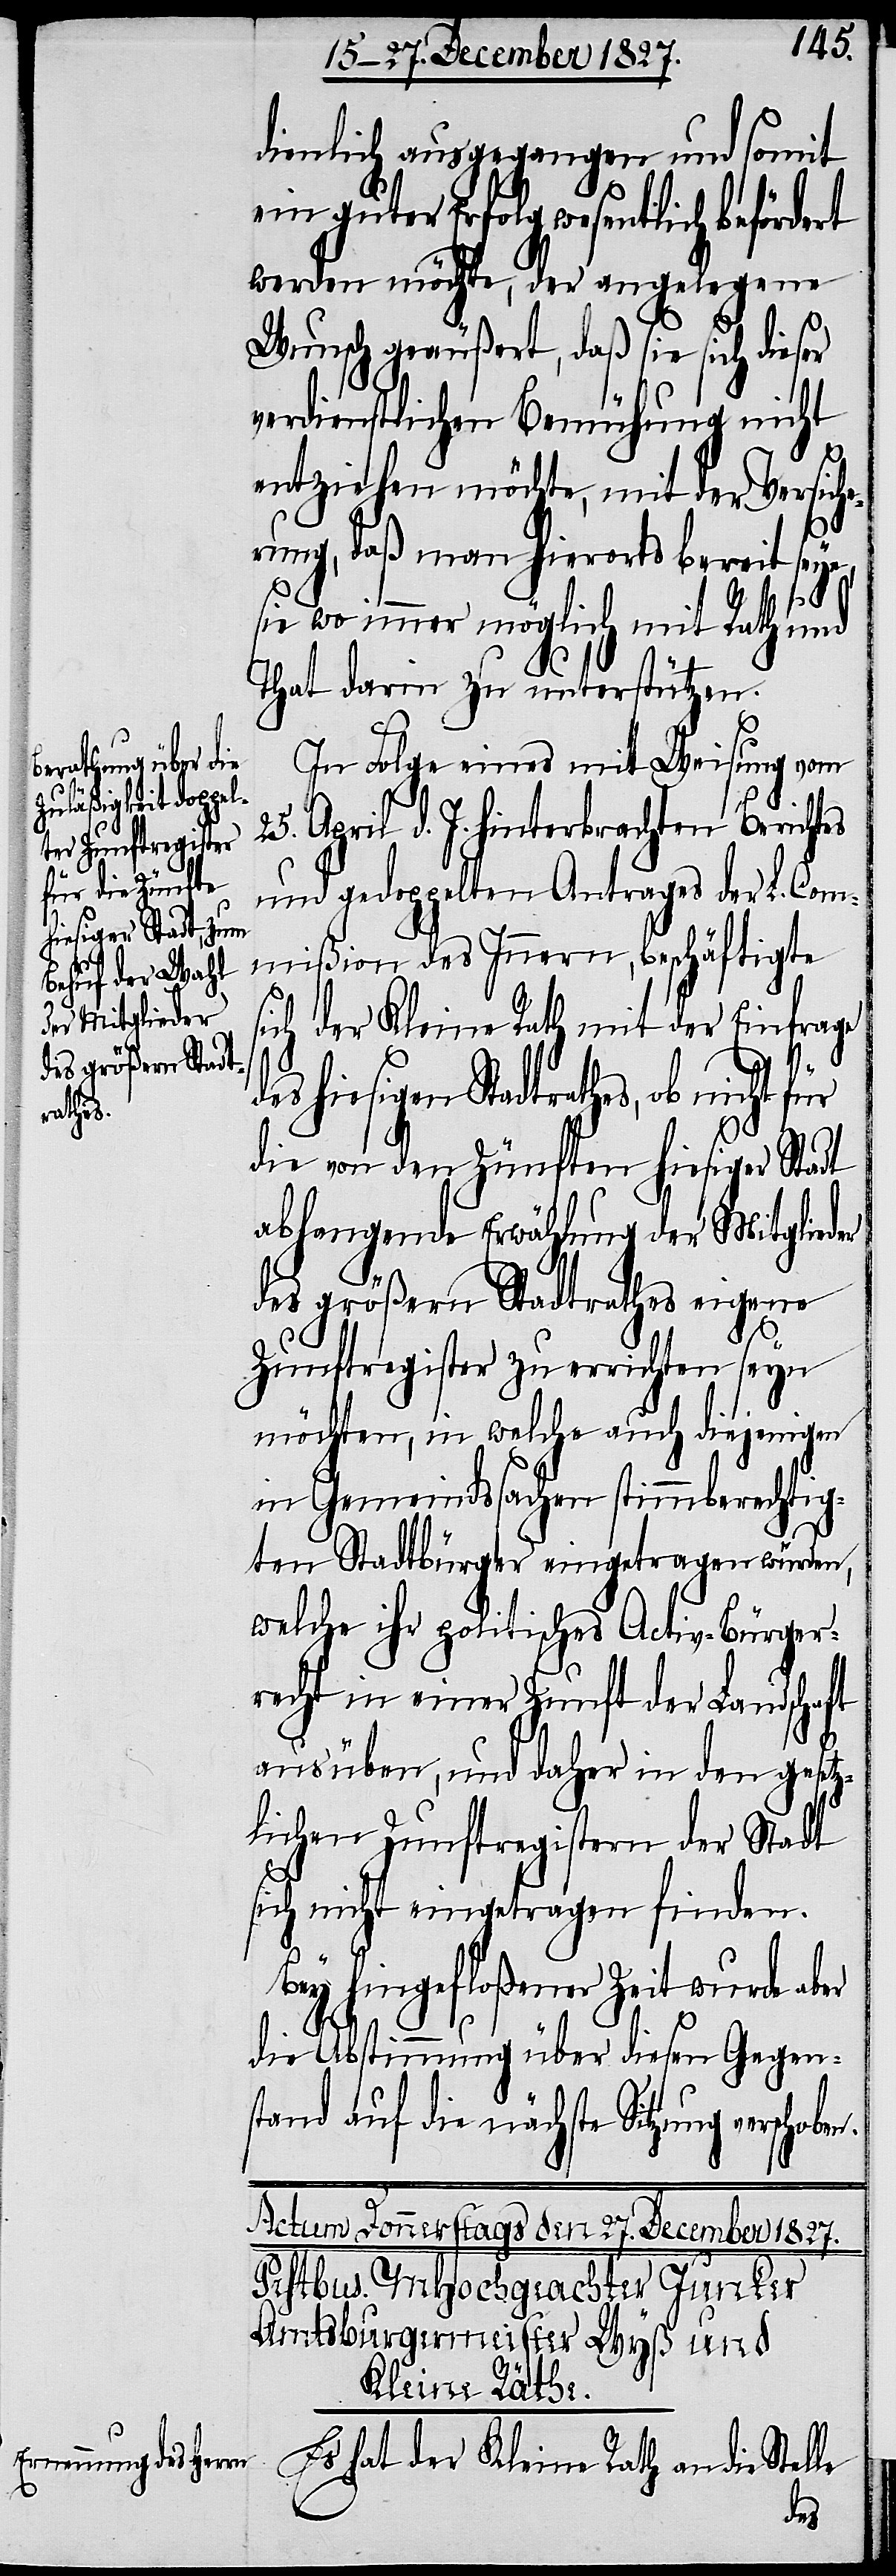
hiesigen Stadt¬
rathes,

dienlich ausgegangen und somit
ein guter Erfolg wesentlich befördert
werden möchte, der angelegene
Wunsch geäußert, daß sie sich dieser
verdienstlichen Bemühung nicht
entziehen möchte, mit der Versich¬
erung, daß man hierorts bereit seye,
sie wo immer möglich mit Rath und
That darin zu unterstützen.
n.
In Folge eines mit Weisung vom
25. April d. J. hinterbrachten Berichtes
und gedoppelten Antrages der L. Com¬
mißion des Innern, beschäftigte
sich der Kleine Rath mit der Einfrage
die von den Zünften hiesiger Stadt
abhangende Erwählung der Mitglieder
des größern Stadtrathes eigene
Zunftregister zu errichten seyn
möchten, in welche auch diejenigen
in Gemeindssachen stimmberechtig¬
ten Stadtbürger eingetragen würden,
welche ihr politisches Activ-Bürger¬
recht in einer Zunft der Landschaft
ausüben, und daher in den gesetz¬
lichen Zunftregistern der Stadt
sich nicht eingetragen finden.
Bey hingefloßener Zeit wurde aber
die Abstimmung über diesen Gegen¬
stand auf die nächste Sitzung verschobe¬
Es hat der Kleine Rath an die Stelle
des